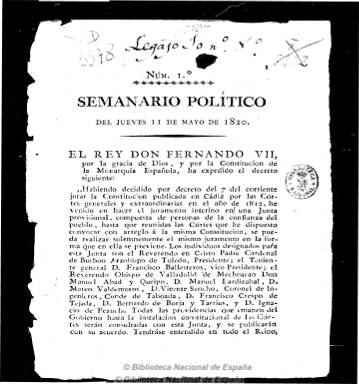
Título: Semanario político
Colección: Periódicos anteriores a 1850
Ámbito geográfico: Murcia
Lugar de publicación: Lorca [Murcia]
Fechas: 11/05/1820-29/06/1820

Primer periódico de la localidad murciana de Lorca, que llega a publicar hasta ocho números, de ocho páginas cada uno, desde el 11 de mayo al 29 de junio de 1820. Salía los jueves de la imprenta de la Viuda de Antonio Santamaría, a cargo de su hijo Manuel Santamaría. Contiene principalmente  disposiciones oficiales del rey Fernando VII y la Junta Provisional que desarrollan la Constitución doceañista (circulares, decretos, órdenes, proclamas, manifiestos, etc.), así como artículos comunicados de sus lectores, que se enzarzan en una polémica sobre las irregularidades y los privilegios de los miembros de su concejo local y la extinción de los “regatones”. Su carácter es constitucionalista y liberal.